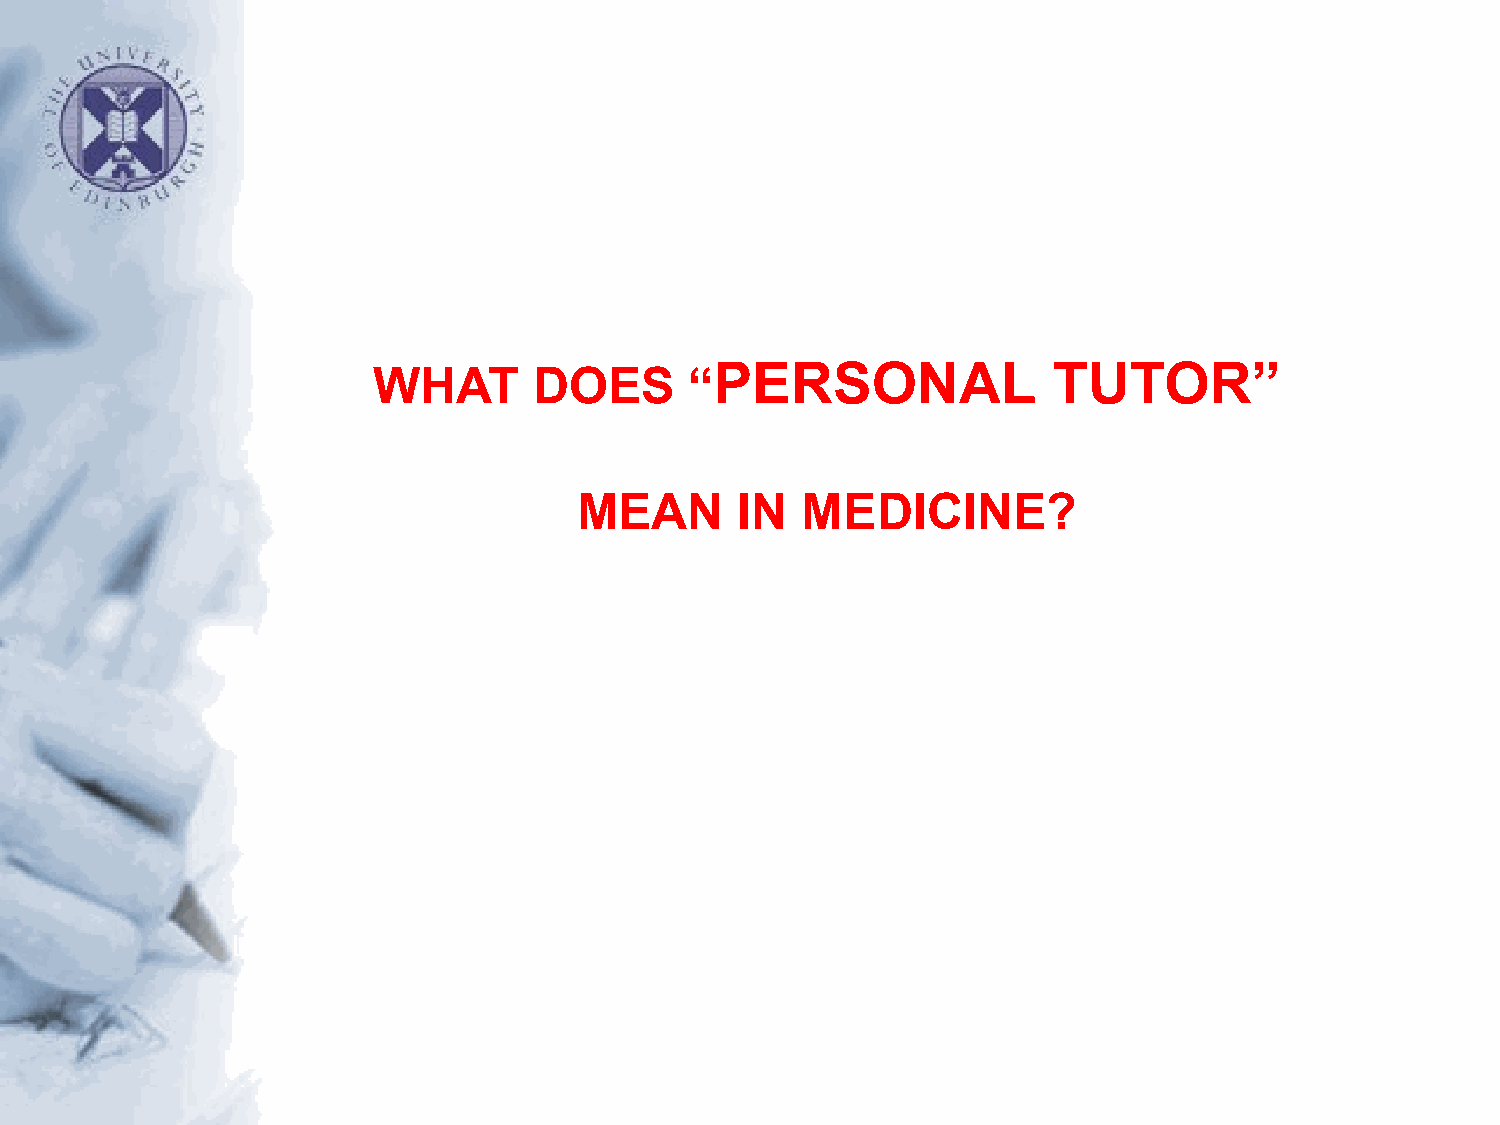
PERSONAL               TUTOR”
 WHAT      DOES       “
 MEAN       IN  MEDICINE?